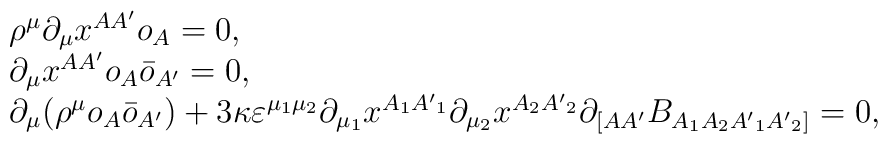
\begin{array}{l}\rho^\mu \partial_\mu x^{AA'} o_A =0, \\\partial_{\mu} x^{AA'}o_A\bar{o}_{A'} = 0, \\\partial_\mu (\rho^\mu o_A\bar{o}_{A'})+3\kappa\varepsilon^{\mu_1 \mu_2}\partial_{\mu_1} x^{A_1 {A'}_1}\partial_{\mu_2} x^{A_2 {A'}_2}\partial_{[AA'}B_{A_1 A_2 {A'}_1 {A'}_2]}=0,\end{array}